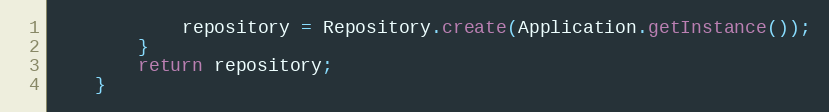
Language: Java
			repository = Repository.create(Application.getInstance());
		}
		return repository;
	}